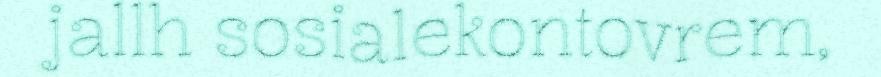
jallh sosialekontovrem,